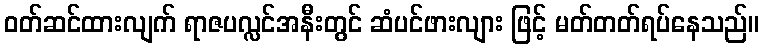
ဝတ်ဆင်ထားလျက် ရာဇပလ္လင်အနီးတွင် ဆံပင်ဖားလျား ဖြင့် မတ်တတ်ရပ်နေသည်။